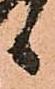
候